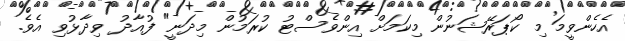
އެހެންވީމަ މި ކޯޕަރޭޝަނުން މިކަމަށް އިންވެސްޓު ކުރަމުން މިދަނީ" ފުއާދު ވިދާޅުވި އެވެ.